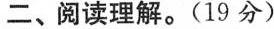
二、阅读理解。(19分)